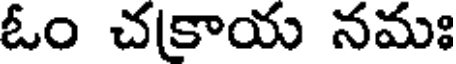
ఓం చకాయ నమః